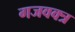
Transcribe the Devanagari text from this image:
गजवक्त्र